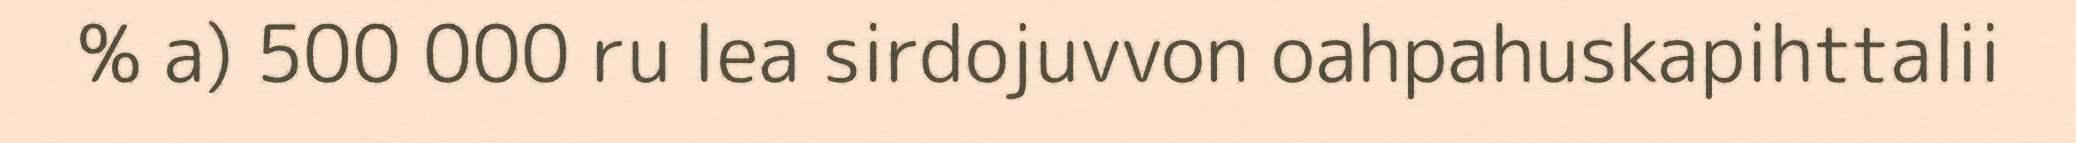
% a) 500 000 ru lea sirdojuvvon oahpahuskapihttalii